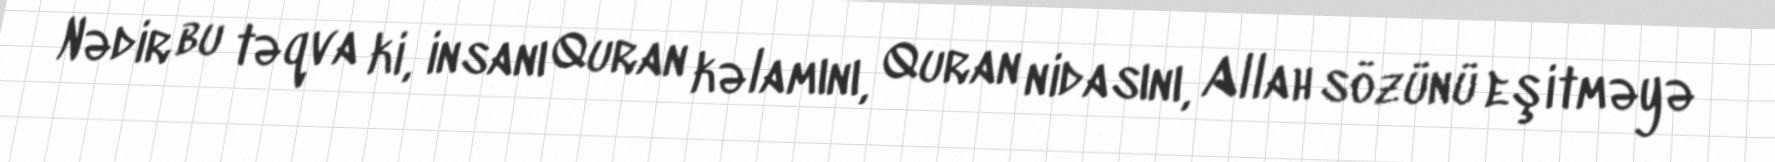
Nədir bu təqva ki, insanı Quran kəlamını, Quran nidasını, Allah sözünü eşitməyə